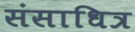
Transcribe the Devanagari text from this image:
संसाधित्र